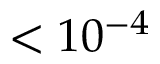
< 1 0 ^ { - 4 }